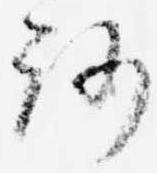
路